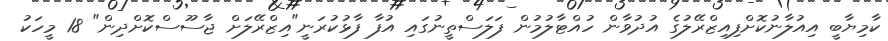
ކާމިޔާބީ އިއުލާނުކޮށްފިއިޒްރޭލުގެ އުދުވާން ހުއްޓާލުމުން ފަލަސްތީނުގައި އުފާ ފާޅުކުރަނީ"އިޒްރޭލަށް ޖާސޫސްކޮށްދިން" 18 މީހަކު